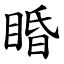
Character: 睧